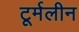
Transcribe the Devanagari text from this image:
टूर्मलीन